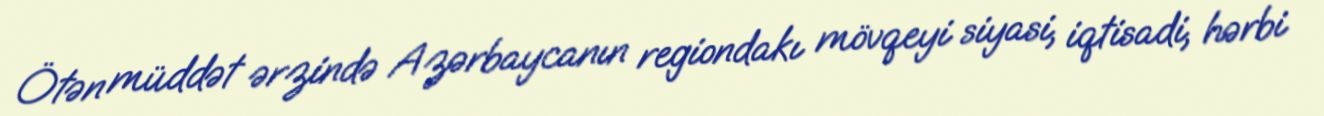
Ötən müddət ərzində Azərbaycanın regiondakı mövqeyi siyasi, iqtisadi, hərbi